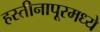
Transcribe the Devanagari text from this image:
हस्तीनापूरमध्ये